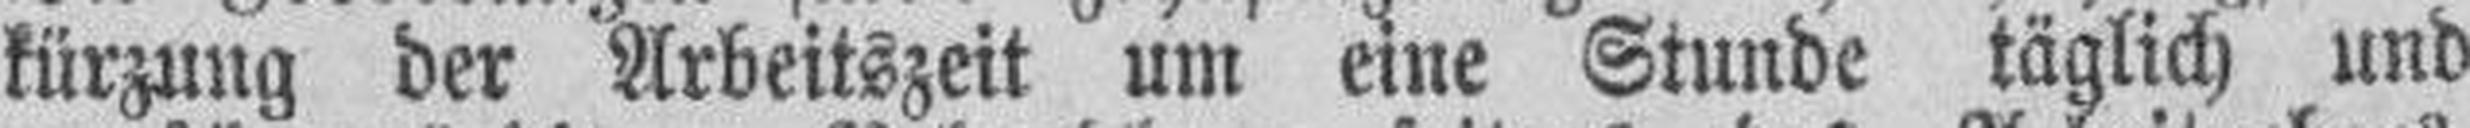
kürzung der Arbeitszeit um eine Stunde täglich und